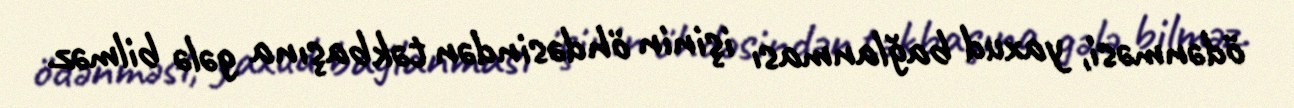
ödənməsi, yaxud bağlanması işinin öhdəsindən təkbaşına gələ bilməz.